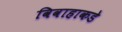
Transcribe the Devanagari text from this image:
विवाहाकडे